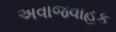
અવાજવાહક